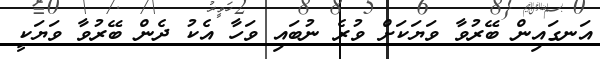
އަނގައިން ބޭރުވާ ވަޔަކަށް ވުރެ ނުބައި ވަހާ އެކު ދެން ބޭރުވާ ވަޔަކީ